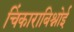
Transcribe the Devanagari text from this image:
चिंकाराबिश्नोई